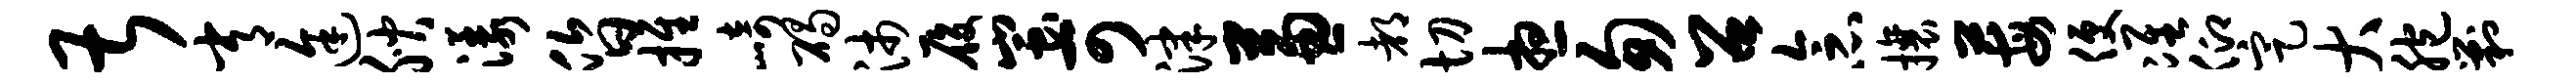
甚常途腴漾昏推崎碣沛履蚩可津兼都切想匆召念攘莓便准仰定大胞剿